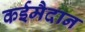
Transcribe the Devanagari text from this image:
कईमैदान